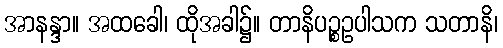
အာနန္ဒာ။ အထခေါ၊ ထိုအခါ၌။ တာနိပဉ္စဥပါသက သတာနိ၊